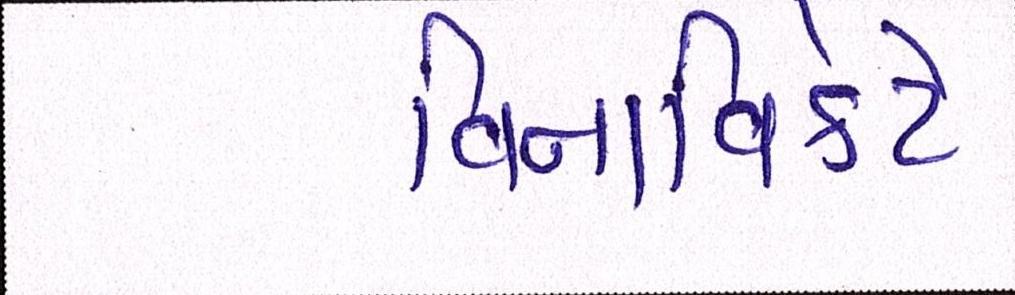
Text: વિનાવિકેટે